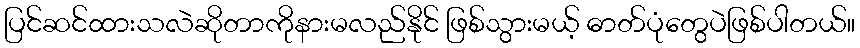
ပြင်ဆင်ထားသလဲဆိုတာကိုနားမလည်နိုင် ဖြစ်သွားမယ့် ဓာတ်ပုံတွေပဲဖြစ်ပါတယ်။